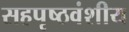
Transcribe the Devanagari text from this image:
सहपृष्ठवंशीय